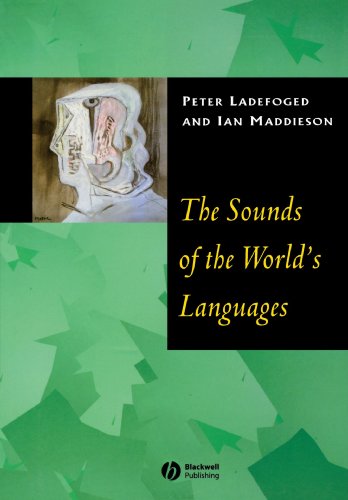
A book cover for The Sounds of the World's Languages; Peter Ladefoged; Reference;